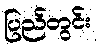
ပြည်တွင်း